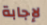
لإجابة